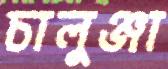
চালুঞ্জা